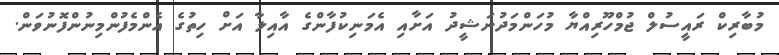
މުބާރިކް ރައީސުލް ޖުމްހޫރިއްޔާ މުހަންމަދުނަޝީދު އަށާއި އެމަނިކުފާންގެ އާއިލާ އަށް ހިތުގެ އެންމެފުންމިނުންފޮނުވަން.